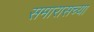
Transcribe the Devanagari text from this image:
समारासच्या